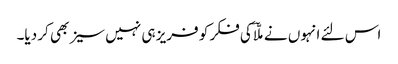
اس لئے انہوں نے ملّاؔ کی فکر کو فریز ہی نہیں سیز بھی کر دیا۔